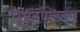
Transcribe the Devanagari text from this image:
धूम्रदण्डिका